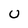
Character: U